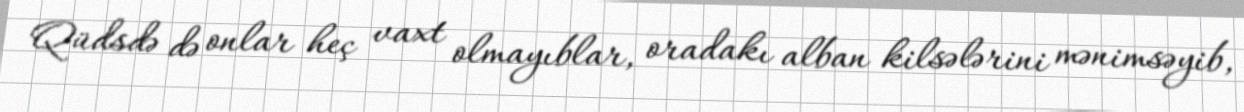
Qüdsdə də onlar heç vaxt olmayıblar, oradakı alban kilsələrini mənimsəyib,